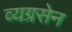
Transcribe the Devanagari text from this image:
व्यग्रसेन